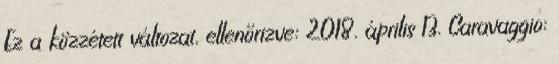
Ez a közzétett változat, ellenőrizve: 2018. április 13. Caravaggio: